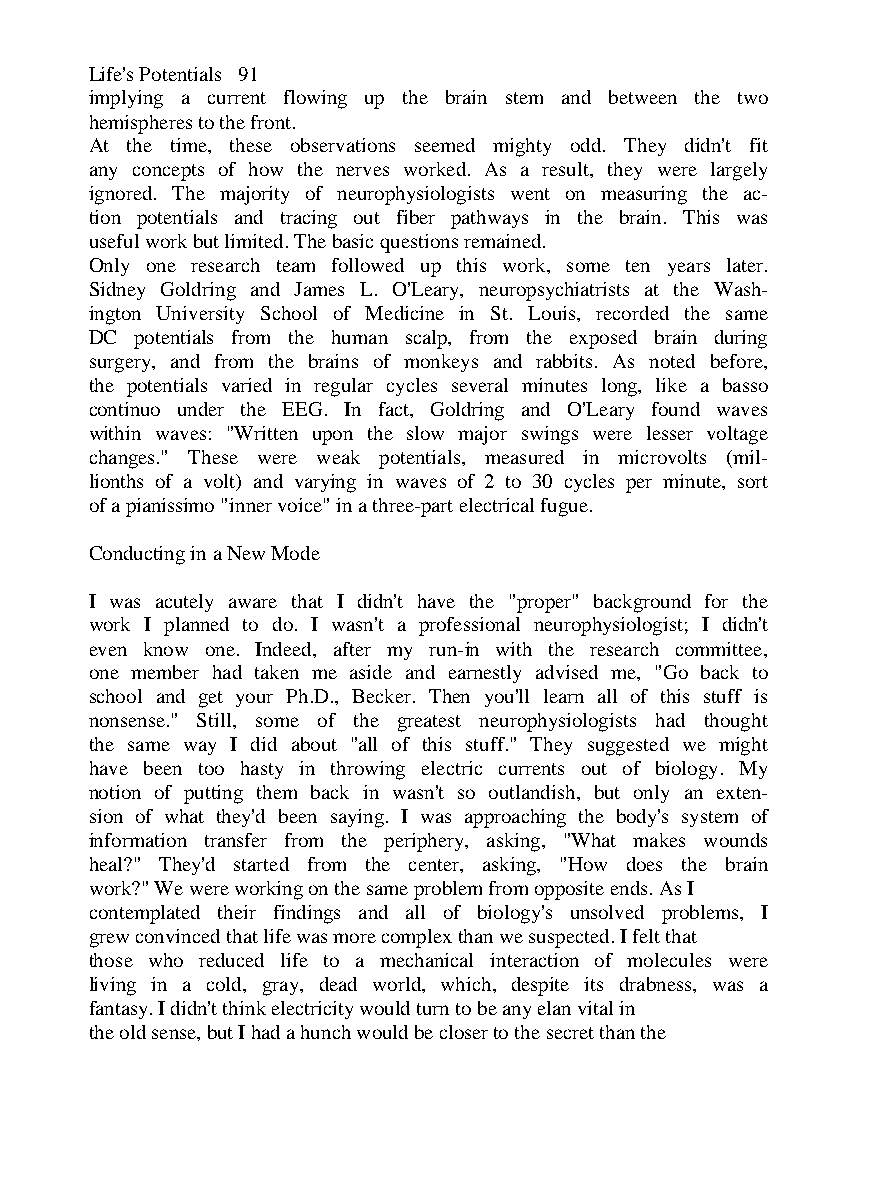
Life's Potentials 91
 implying a current flowing up the brain stem and between the two
 hemispheres to the front.
 At the time, these observations seemed mighty odd. They didn't fit
 any concepts of how the nerves worked. As a result, they were largely
 ignored. The majority of neurophysiologists went on measuring the ac-
 tion potentials and tracing out fiber pathways in the brain. This was
 useful work but limited. The basic questions remained.
 Only one research team followed up this work, some ten years later.
 Sidney Goldring and James L. O'Leary, neuropsychiatrists at the Wash-
 ington University School of Medicine in St. Louis, recorded the same
 DC potentials from the human scalp, from the exposed brain during
 surgery, and from the brains of monkeys and rabbits. As noted before,
 the potentials varied in regular cycles several minutes long, like a basso
 continuo under the EEG. In fact, Goldring and O'Leary found waves
 within waves: "Written upon the slow major swings were lesser voltage
 changes." These were weak potentials, measured in microvolts (mil-
 lionths of a volt) and varying in waves of 2 to 30 cycles per minute, sort
 of a pianissimo "inner voice" in a three-part electrical fugue.
 Conducting in a New Mode
 I was acutely aware that I didn't have the "proper" background for the
 work I planned to do. I wasn't a professional neurophysiologist; I didn't
 even know one. Indeed, after my run-in with the research committee,
 one member had taken me aside and earnestly advised me, "Go back to
 school and get your Ph.D., Becker. Then you'll learn all of this stuff is
 nonsense." Still, some of the greatest neurophysiologists had thought
 the same way I did about "all of this stuff." They suggested we might
 have been too hasty in throwing electric currents out of biology. My
 notion of putting them back in wasn't so outlandish, but only an exten-
 sion of what they'd been saying. I was approaching the body's system of
 information transfer from the periphery, asking, "What makes wounds
 heal?" They'd started from the center, asking, "How does the brain
 work?" We were working on the same problem from opposite ends. As I
 contemplated their findings and all of biology's unsolved problems, I
 grew convinced that life was more complex than we suspected. I felt that
 those who reduced life to a mechanical interaction of molecules were
 living in a cold, gray, dead world, which, despite its drabness, was a
 fantasy. I didn't think electricity would turn to be any elan vital in
 the old sense, but I had a hunch would be closer to the secret than the